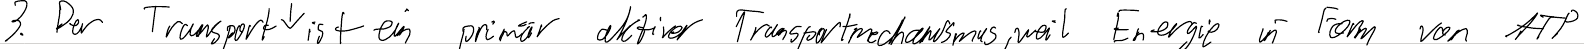
3. Der Transport ist ein primär aktiver Transportmechanismus, weil Energie in Form von ATP